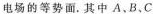
电场的等势面。其中A.B、C